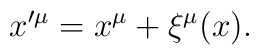
x^{\prime\mu}=x^{\mu}+\xi^{\mu}(x).